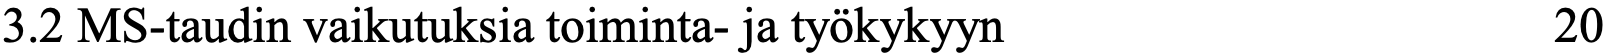
3.2 MS-taudin vaikutuksia toiminta- ja työkykyyn    20